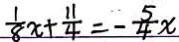
\frac { 1 } { 8 } x + \frac { 1 1 } { 4 } = - \frac { 5 } { 4 } x